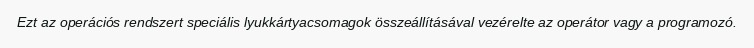
Ezt az operációs rendszert speciális lyukkártyacsomagok összeállításával vezérelte az operátor vagy a programozó.